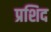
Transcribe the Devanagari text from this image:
प्रशिद